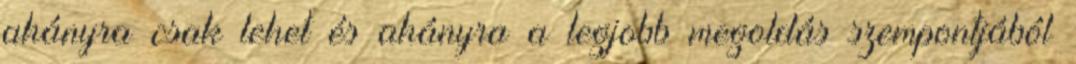
ahányra csak lehet és ahányra a legjobb megoldás szempontjából